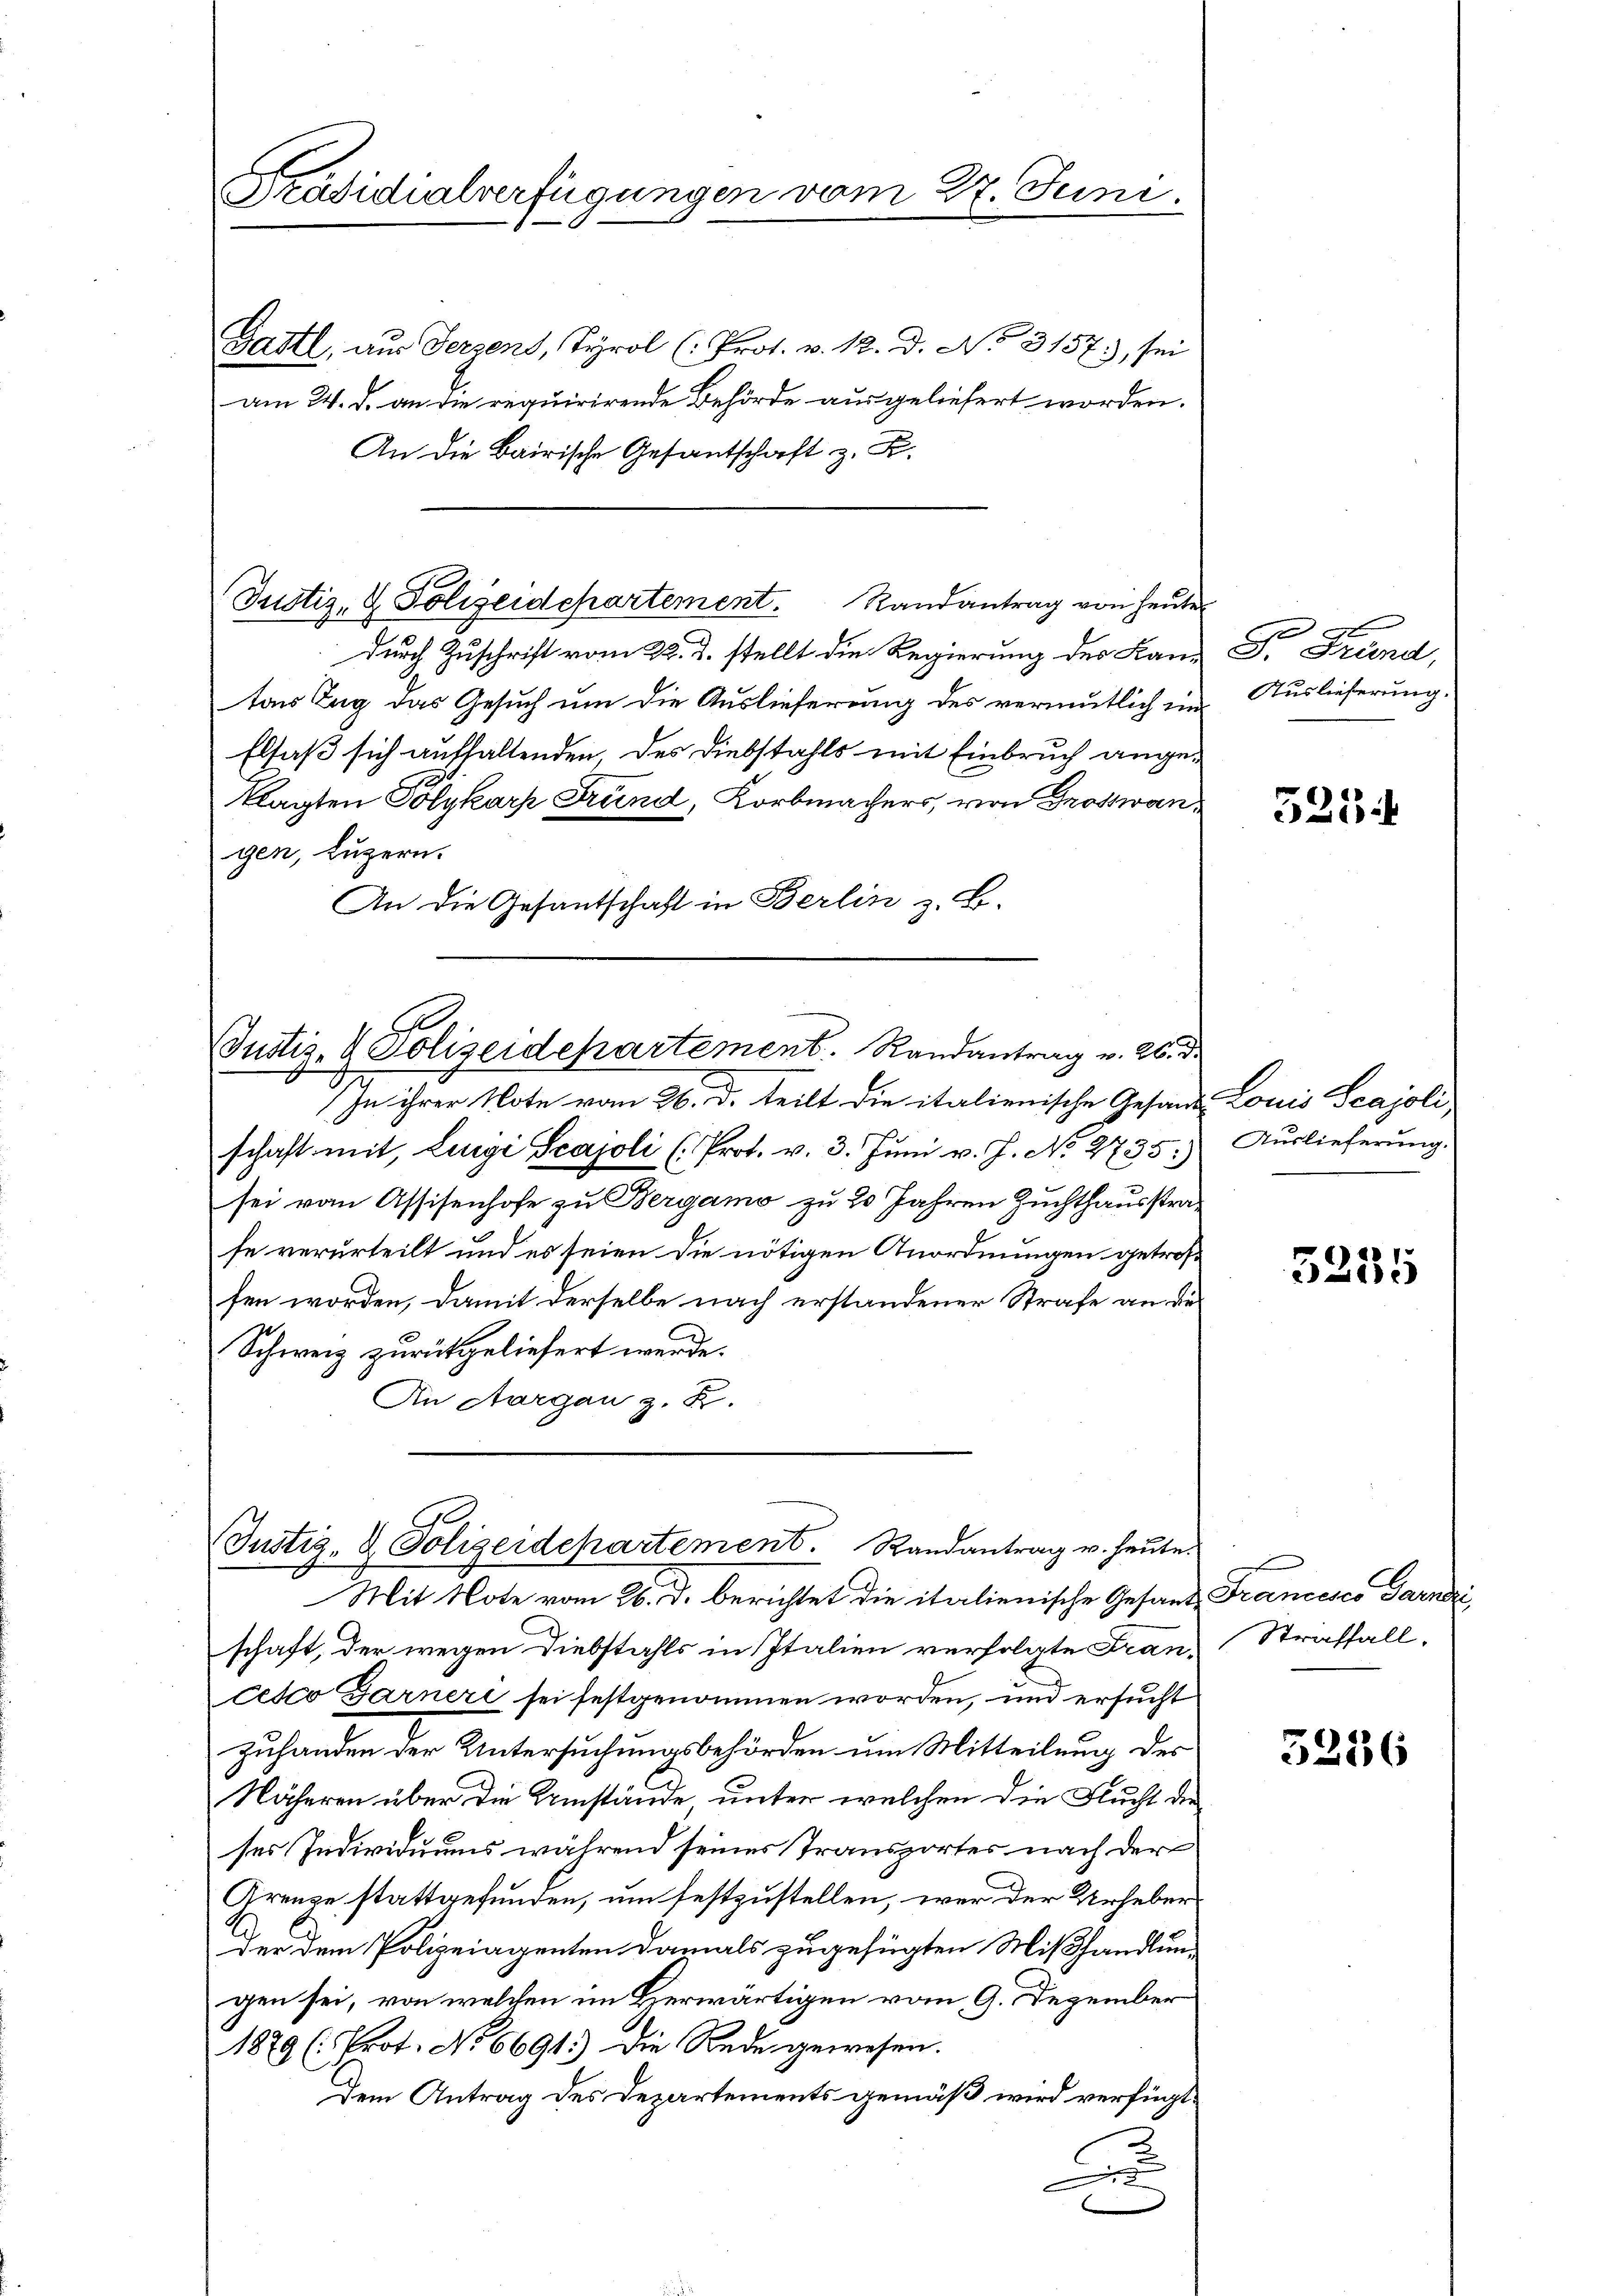
Gastl, aus Terzens, Tyrol (: Prot. v. M. D. No 3157), sei
am 24. d. an die requirirende Behörde ausgeliefert worden.
An die Bairische Gesantschaft z. B.
durch Zuschrift vom 28. d. stellt die Regierung des Land I. Frand,
ton Tag das Gesuch um die Auslieferung des vermutlich ein¬
Elsaß sich aufhaltenden des Diebstahls mit Einbruch angeklagten Polykarz Grund, Korbmachers, von Trostangen, Luzern.
An die Gesantschaft in Berlin z. B.

Präsidialverfügungen vom 27. Juni.

Justiz- & Polizeidepartement. Randantrag von heute

In ihrer Note vom 26. d. teilt die italienische Gesand Louis Scajoli,
schaft mit, Luigi Scajoli (Prot. v. 3. Jŭni v. J. No. 2735)
sei von Assisenhofe zu Bergamo zu 20 Jahren Zuchthausstrafe verurteilt und es seien die nötigen Anordnungen getroffen worden, damit derselbe nach erstandener Strafe an de
Schweiz zurückgeliefert werde.
An Aargau z. R.

Justiz- & Polizeidepartement. Randantrag v. 26. de

Justiz- & Polizeidepartement. Randantrag u. heute.
Mit Note vom 26. d. berichtet die italienische Gesand Francesco Garni,
schaft, der wegen Diebstahls in Italien verfolgte Fran, Straffall,

cesco Garnere sei festgenommen worden, und ersucht
zuhanden der Untersuchungsbehörden um Mitteilung des
Näheren über die Umstände unter welchen die Flucht der
ses Individuums während seines Transportes nach der
Grenze stattgefunden, um festzustellen, wer der Urheberder dem Polizeiagenten damals zugefügten Mißhandlungen sei, von welchen im Berwärtigen vom 9. Dezember
1879 (Prot. No 6691.) Die Rede gewesen.
Dem Antrag des Departements gemäß wird verfügt:
u

x
Auslieferung.

525

Auslieferung.

3255

5256